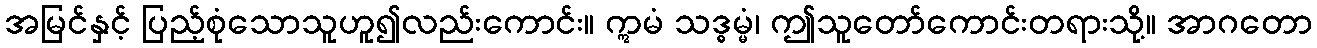
အမြင်နှင့် ပြည့်စုံသောသူဟူ၍လည်းကောင်း။ ဣမံ သဒ္ဓမ္မံ၊ ဤသူတော်ကောင်းတရားသို့။ အာဂတော